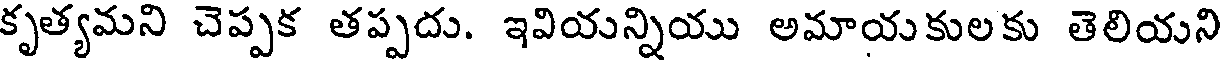
కృత్యమని చెప్పక తప్పదు. ఇవియన్నియు అమాయకులకు తెలియని